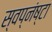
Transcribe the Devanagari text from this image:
स्वप्नंष्टा